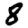
Digit: 8